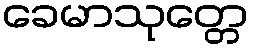
ခေမာသုတ္တေ